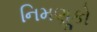
નિમણૂકો